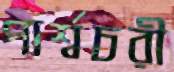
পার্শ্বচরী